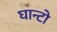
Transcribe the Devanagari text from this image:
घान्टो